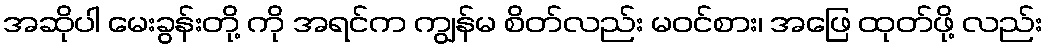
အဆိုပါ မေးခွန်းတို့ ကို အရင်က ကျွန်မ စိတ်လည်း မဝင်စား၊ အဖြေ ထုတ်ဖို့ လည်း